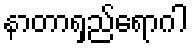
နာတာရှည်ရောဂါ